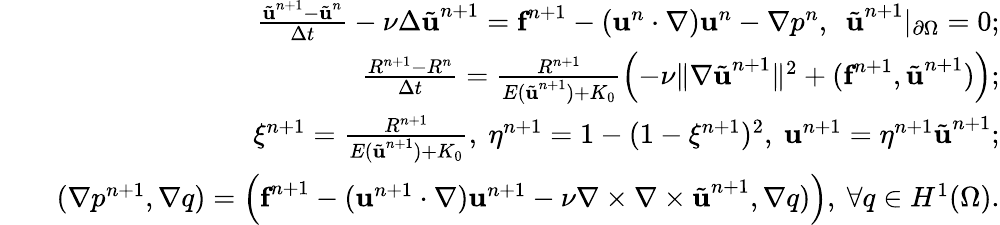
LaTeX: \begin{array}{rlr}&{}&{\frac{\tilde{\textbf{u}}^{n+1}-\tilde{\textbf{u}}^{n}}{\Delta t}-\nu\Delta\tilde{\textbf{u}}^{n+1}=\textbf{f}^{n+1}-(\textbf{u}^{n}\cdot\nabla)\textbf{u}^{n}-\nabla p^{n},\ \ \tilde{\textbf{u}}^{n+1}|_{\partial\Omega}=0;}\\ &{}&{\frac{R^{n+1}-R^{n}}{\Delta t}=\frac{R^{n+1}}{E(\tilde{\textbf{u}}^{n+1})+K_{0}}\left(-\nu\| \nabla\tilde{\textbf{u}}^{n+1}\| ^{2}+(\textbf{f}^{n+1},\tilde{\textbf{u}}^{n+1})\right);}\\ &{}&{\xi^{n+1}=\frac{R^{n+1}}{E(\tilde{\textbf{u}}^{n+1})+K_{0}},\ \eta^{n+1}=1-(1-\xi^{n+1})^{2},\ \textbf{u}^{n+1}=\eta^{n+1}\tilde{\textbf{u}}^{n+1};}\\ &{}&{(\nabla p^{n+1},\nabla q)=\left(\textbf{f}^{n+1}-(\textbf{u}^{n+1}\cdot\nabla)\textbf{u}^{n+1}-\nu\nabla\times\nabla\times\tilde{\textbf{u}}^{n+1},\nabla q)\right),\ \forall q\in H^{1}(\Omega).}\end{array}